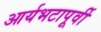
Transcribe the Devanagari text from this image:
आर्यभटापूर्वी